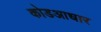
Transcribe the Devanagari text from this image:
कोडआधार